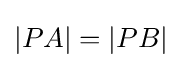
|PA|=|PB|